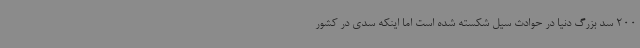
200 سد بزرگ دنیا در حوادث سیل شکسته شده است اما اینکه سدی در کشور